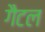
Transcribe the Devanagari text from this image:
गैटल